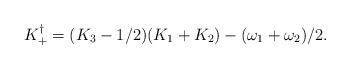
LaTeX: \begin{align*} K_{+}^{\dagger}=(K_3-1/2)(K_1+K_2)-(\omega_1+\omega_2)/2.\end{align*}